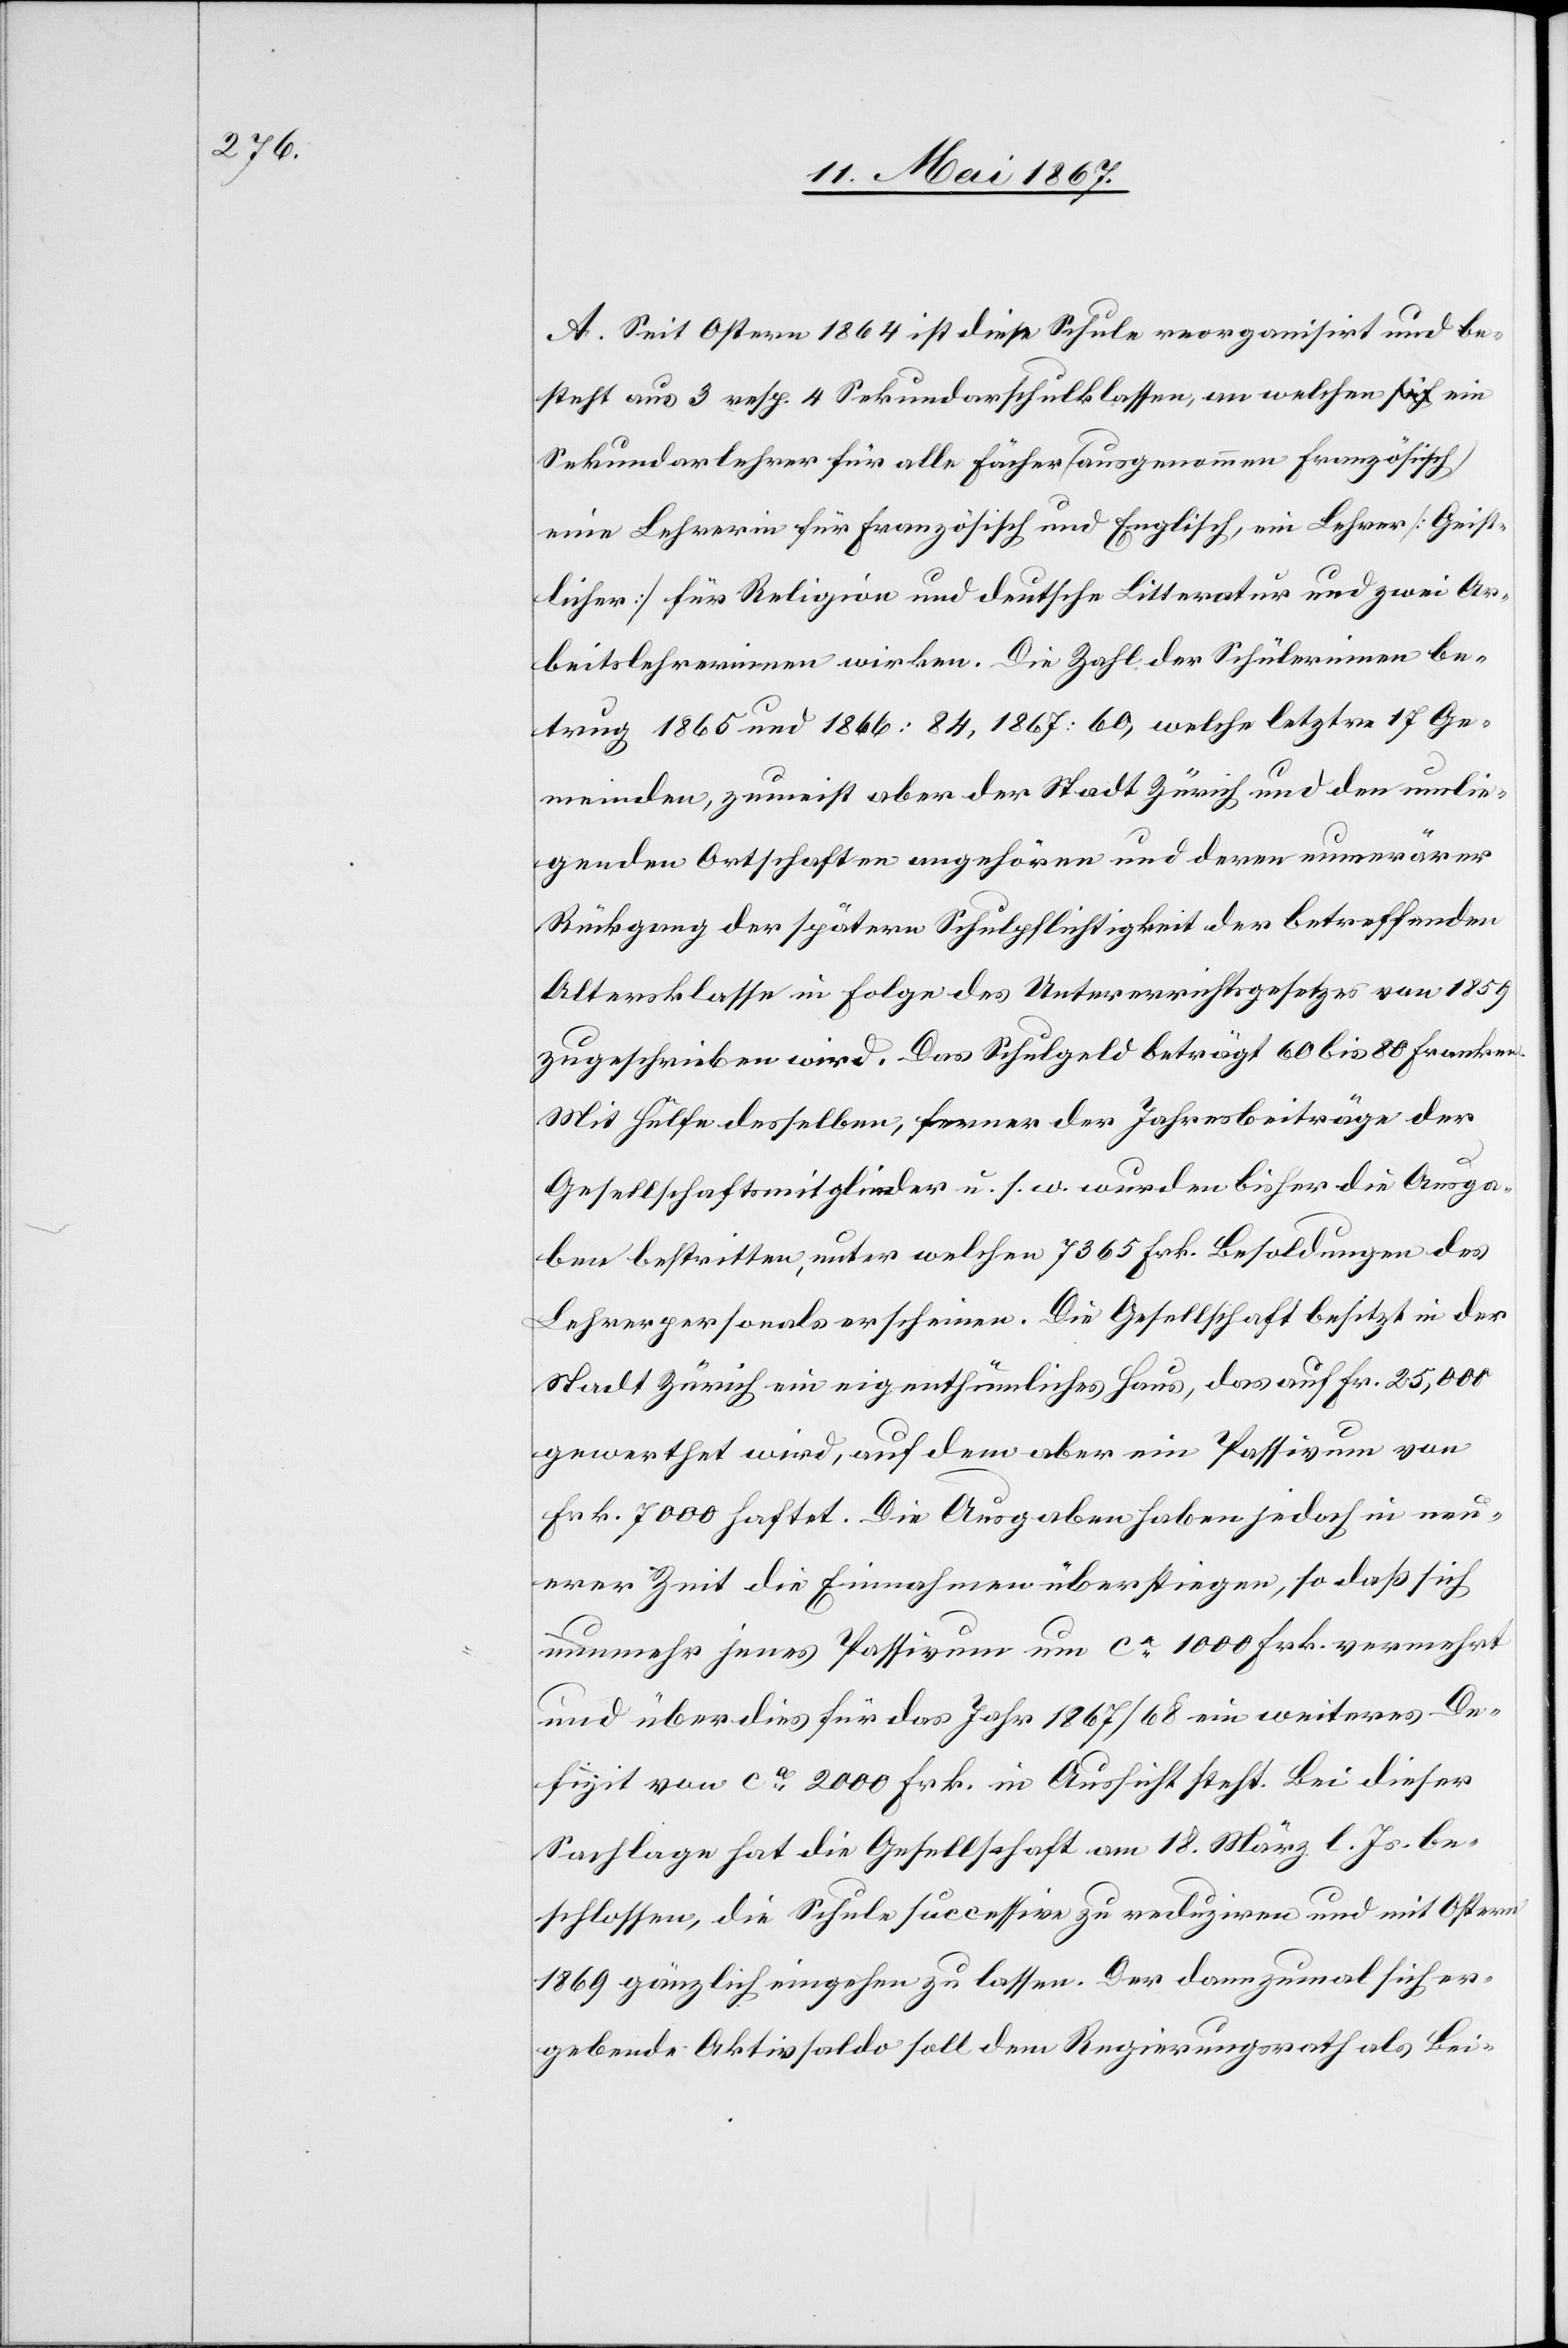
A. Seit Ostern 1864 ist diese Schule reorganisirt und be¬
steht aus 3 resp. 4 Sekundarschulklassen, an welchen ein
Sekundarlehrer für alle Fächer (ausgenommen Französisch)
eine Lehrerin für Französisch und Englisch, ein Lehrer [Geist¬
licher] für Religion und deutsche Litteratur und zwei Ar¬
beitslehrerinnen wirken. Die Zahl der Schülerinnen be¬
trug 1865 und 1866: 84, 1867: 60, welche letztre 17 Ge¬
meinden, zumeist aber der Stadt Zürich und den umlie¬
genden Ortschaften angehören und deren numerärer
Rückgang der spätern Schulpflichtigkeit der betreffenden
Altersklasse in Folge des Unterrichtsgesetzes von 1859
zugeschrieben wird. Das Schulgeld beträgt 60 bis 80 Franken.
Mit Hülfe desselben, ferner der Jahresbeiträge der
Gesellschaftsmitglieder u. s. w. wurden bisher die Ausga¬
ben bestritten, unter welchen 7365 Frk. Besoldungen des
Lehrerpersonals erscheinen. Die Gesellschaft besitzt in der
Stadt Zürich ein eigenthümliches Haus, das auf Frk. 25,000
gewerthet wird, auf dem aber ein Passivum von
Frk. 7000 haftet. Die Ausgaben haben jedoch in neu¬
erer Zeit die Einnahmen überstiegen, so daß sich
nunmehr jenes Passivum um ca. 1000 Frk. vermehrt
und über dies für das Jahr 1867/68 ein weiteres De¬
fizit von ca. 2000 Frk. in Aussicht steht. Bei dieser
Sachlage hat die Gesellschaft am 18. März l. Js. be¬
schlossen, die Schule successive zu reduziren und mit Ostern
1869 gänzlich eingehen zu lassen. Der dannzumal sich er¬
gebende Aktivsaldo soll dem Regierungsrath als Bei-